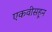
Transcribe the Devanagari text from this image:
एकवीसहून